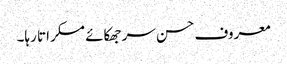
معروف حسن سر جھکائے مسکراتا رہا۔